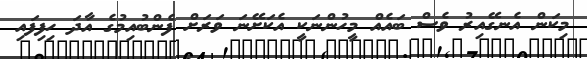
މިކަން އެނގޭއިރު ވެސް ބައެއް މީހުންނަކީ އެކަށޭނަ ވަރަށް ފެންބުއިމުގެ އާދަ ހިފިފައި